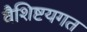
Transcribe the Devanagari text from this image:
वैशिष्टयगत